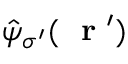
\hat { \psi } _ { \sigma ^ { \prime } } ( \mathrm { ~ \bf ~ r ~ } ^ { \prime } )